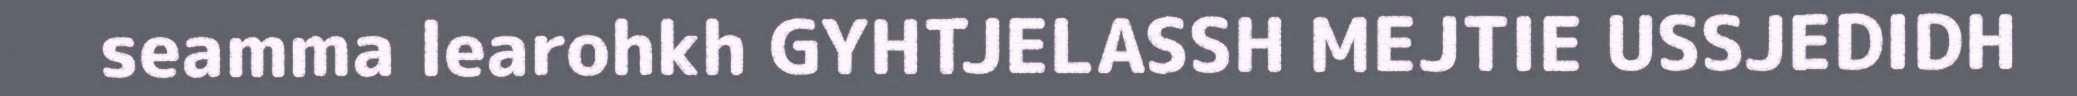
seamma learohkh GYHTJELASSH MEJTIE USSJEDIDH